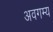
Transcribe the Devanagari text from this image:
अवगम्य